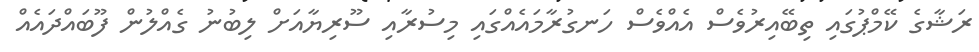
ރަޝާގެ ކޭމްޕުގައި ތިބޭއިރުވެސް އެއްވެސް ހަނގުރާމައެއްގައި މިސުރާއި ސޫރިޔާއަށް ލިބުނު ގެއްލުން ފޫބައްދައެއް